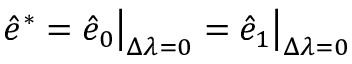
\begin{array} { r } { \hat { e } ^ { * } = \hat { e } _ { 0 } \big \rvert _ { \Delta \lambda = 0 } = \hat { e } _ { 1 } \big \rvert _ { \Delta \lambda = 0 } \, } \end{array}